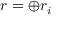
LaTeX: r = \oplus r _ { i }